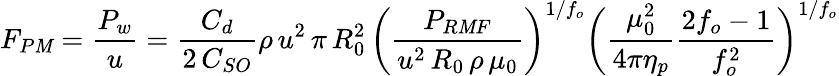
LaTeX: F_{P\mathit{M}}={\frac{{P_{w}}}{{u}}}={\frac{{C_{d}}}{{2\, C_{SO}}}}\rho\, u^{2}\, \pi\, R_{0}^{2}\, {\biggl(}{\frac{{P_{R\mathit{M}F}}}{{u^{2}\, R_{0}\, \rho\, \mu_{0}}}}{\biggr)}^{1/f_{o}}{\biggl(}{\frac{{\mu_{0}^{2}}}{{4\pi\eta_{p}}}}{\frac{{2f_{o}-1}}{{f_{o}^{2}}}}{\biggr)}^{1/f_{o}}